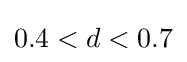
0.4<d<0.7